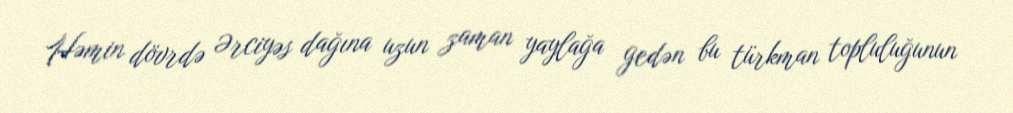
Həmin dövrdə Ərciyəs dağına uzun zaman yaylağa gedən bu türkman topluluğunun